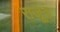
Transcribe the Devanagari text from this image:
राजू॥